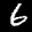
Label: 6